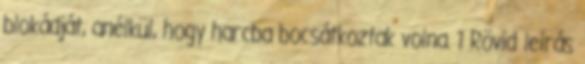
blokádját, anélkül, hogy harcba bocsátkoztak volna. 1 Rövid leírás